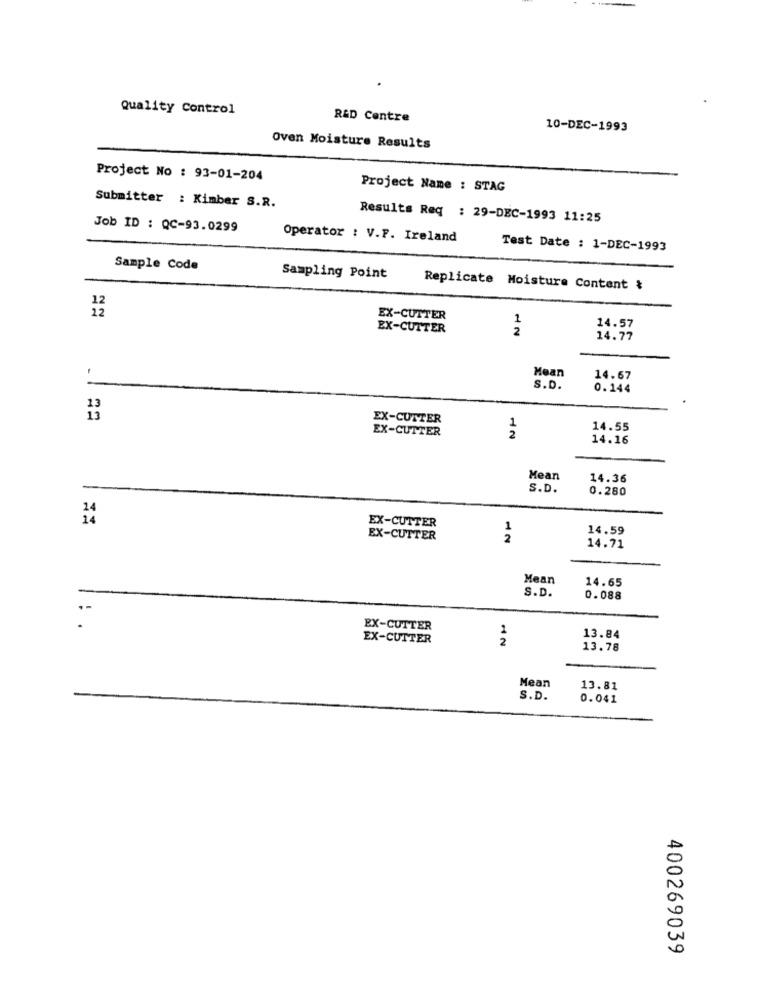
Quality Control
R&D Centre
10-DEC-1993
Oven Moisture Results
Project No : 93-01-204
Project Name : STAG
Submitter : Kimber S.R.
Results Req : 29-DEC-1993 11:25
Job ID : QC-93.0299
Operator : V.P. Ireland
Test Date : 1-DEC-1993
Sample Code
Sampling Point
Replicate Moisture Content &
12
EX-CUTTER
1
EX-CUTTER
2
14.57
14.77
Mean
14.67
S.D.
0.144
EX-CUTTER
EX-CUTTER
1
14.55
2
14.16
Mean
14.36
S.D.
0.280
14
EX-CUTTER
1
14.59
EX-CUTTER
2
14.71
Mean
14.65
S.D.
0.088
EX-CUTTER
2
EX-CUTTER
2
13.84
13.78
Mean
13.81
S.D.
0.041
0
0
400269039